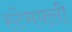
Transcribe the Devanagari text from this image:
स्टेमफ्ली